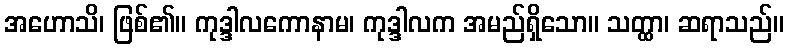
အဟောသိ၊ ဖြစ်၏။ ကုဒ္ဒါလကောနာမ၊ ကုဒ္ဒါလက အမည်ရှိသော။ သတ္ထာ၊ ဆရာသည်။